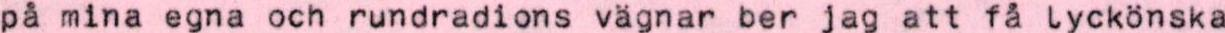
på mina egna och rundradions vägnar ber jag att få lyckönska